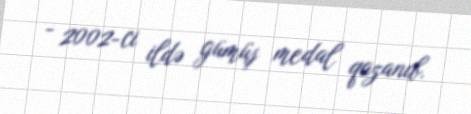
- 2002-ci ildə gümüş medal qazanıb.